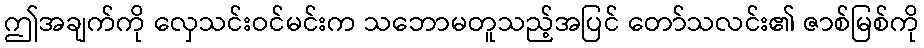
ဤအချက်ကို လှေသင်းဝင်မင်းက သဘောမတူသည့်အပြင် တော်သလင်း၏ ဇာစ်မြစ်ကို